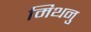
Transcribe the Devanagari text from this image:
मिथनु